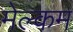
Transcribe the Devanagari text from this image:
मेल्‍कम